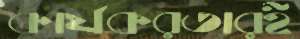
কার্যকরতারই